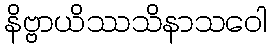
နိဗ္ဗာယိဿသိနာသဝေါ